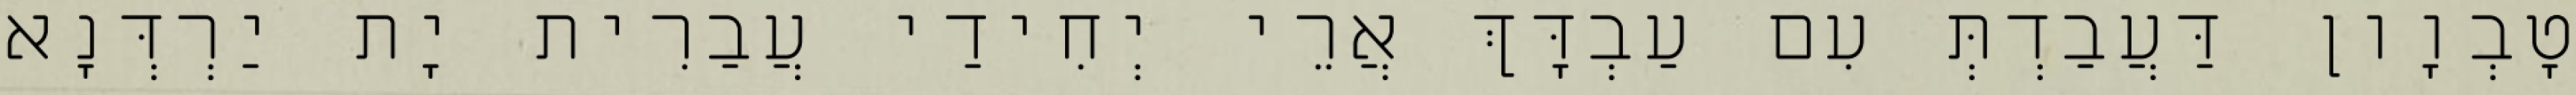
טָבְוָון דַּעֲבַדְתְּ עִם עַבְדָּךְ אֲרֵי יְחִידַי עֲבַרִית יָת יַרְדְּנָא